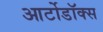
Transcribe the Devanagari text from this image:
आर्टोडॉक्स